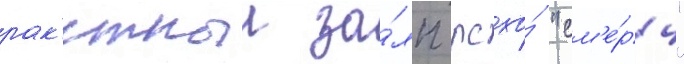
рак'етныи за́лп рсзо́ "см'е́рч"